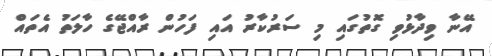
އޭނާ ވިދާޅުވި ގޮތުގައި މި ސަރުކާރު އައި ފަހުން ރާއްޖޭގެ ހާލަތު އެތައް